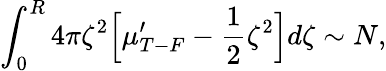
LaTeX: \int_{0}^{R}4\pi\zeta^{2}\Big[\mu_{T-F}^{\prime}-\frac{1}{2}\zeta^{2}\Big]d\zeta\sim N,